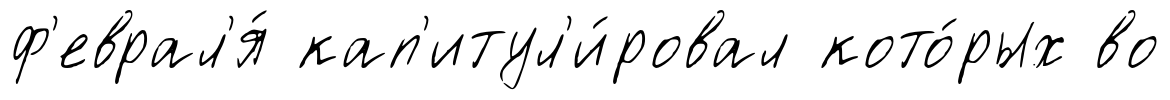
ф'еврал'я́ кап'итул'и́ровал кото́рых во